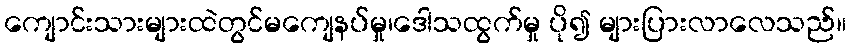
ကျောင်းသားများထဲတွင်မကျေနပ်မှု၊ဒေါသထွက်မှု ပို၍ များပြားလာလေသည်။